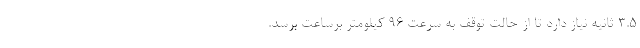
3.5 ثانیه نیاز دارد تا از حالت توقف به سرعت 96 کیلومتر برساعت برسد.